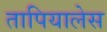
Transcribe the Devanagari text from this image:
तापियालेस